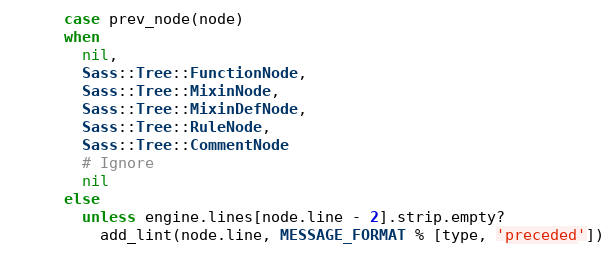
Language: Ruby
      case prev_node(node)
      when
        nil,
        Sass::Tree::FunctionNode,
        Sass::Tree::MixinNode,
        Sass::Tree::MixinDefNode,
        Sass::Tree::RuleNode,
        Sass::Tree::CommentNode
        # Ignore
        nil
      else
        unless engine.lines[node.line - 2].strip.empty?
          add_lint(node.line, MESSAGE_FORMAT % [type, 'preceded'])